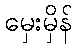
မှေးမှိန်